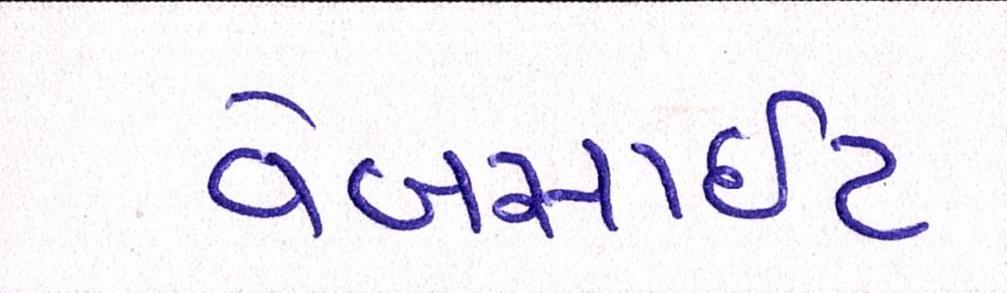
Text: વેબસાઈટ